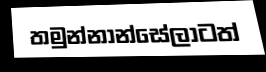
තමුන්නාන්සේලාටත්